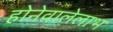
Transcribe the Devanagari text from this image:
होनेवालेलाभ